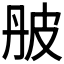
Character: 𤿔